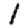
Digit: 1